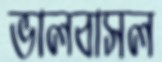
ভালবাসল